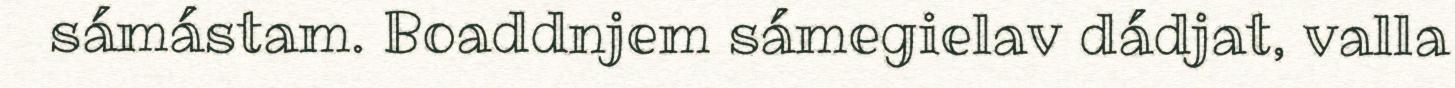
sámástam. Boaddnjem sámegielav dádjat, valla